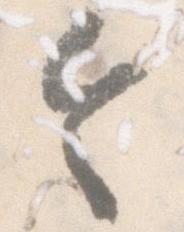
令